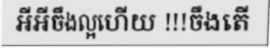
អីអីចឹងល្អហើយ !!!ចឹងតើ